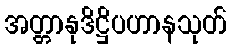
အတ္တာနုဒိဋ္ဌိပဟာနသုတ်